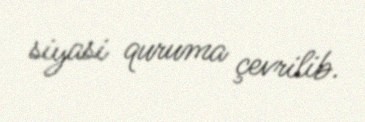
siyasi quruma çevrilib.